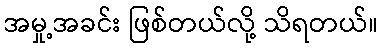
အမှု့အခင်း ဖြစ်တယ်လို့ သိရတယ်။